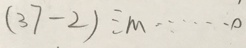
( 3 7 - 2 ) \div m \cdots 0